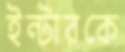
ইন্টারকে